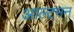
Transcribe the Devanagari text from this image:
आल्टमन